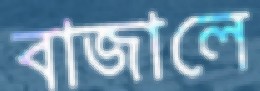
বাজালে